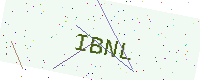
Text: IBNL